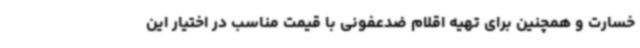
خسارت و همچنین برای تهیه اقلام ضدعفونی با قیمت مناسب در اختیار این